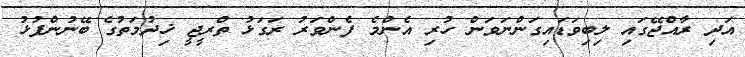
އަދި ރާއްޖޭގައި ލިބިވަޑައިގަންނަވަން ހުރި އެންމެ ފެންވަރު ރަގަޅު ތްރީޖީ ޚިދުމަތުގެ ބޭނުންފުޅު